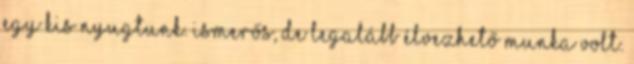
egy kis nyugtunk. Ismerős, de legalább élvezhető munka volt.